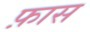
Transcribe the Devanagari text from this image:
फ़ास